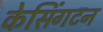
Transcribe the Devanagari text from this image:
केसिंगटन